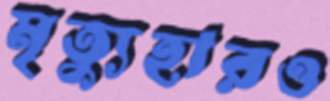
মৃত্যুহারও